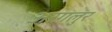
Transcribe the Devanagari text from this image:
अरगलुर